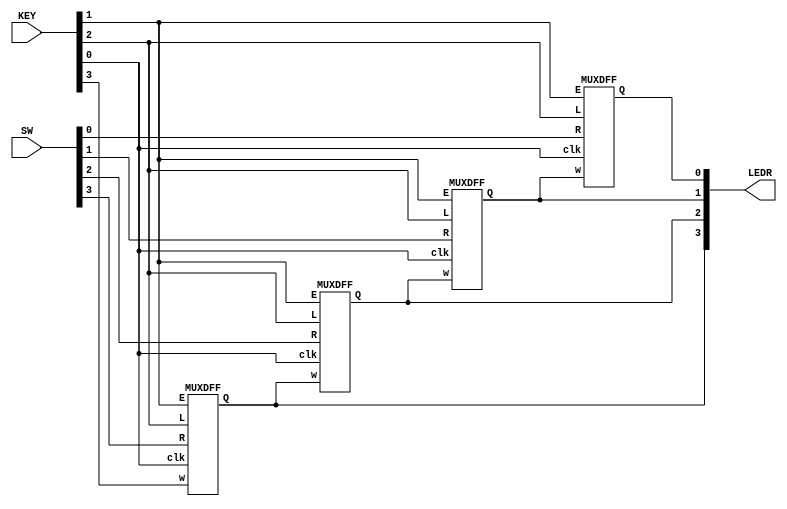

module top_module (
    input  [3:0] SW,
    input  [3:0] KEY,
    output [3:0] LEDR
);


    MUXDFF sub_module[3:0] (
        .clk(KEY[0]),
        .E(KEY[1]),
        .L(KEY[2]),
        .w({KEY[3], LEDR[3:1]}),
        .R(SW[3:0]),
        .Q(LEDR[3:0])
    );

endmodule


module MUXDFF (
    input      clk,
    input      w,
    R,
    E,
    L,
    output reg Q
);

    always @(posedge clk) begin
        Q <= L ? R : (E ? w : Q);
    end
endmodule